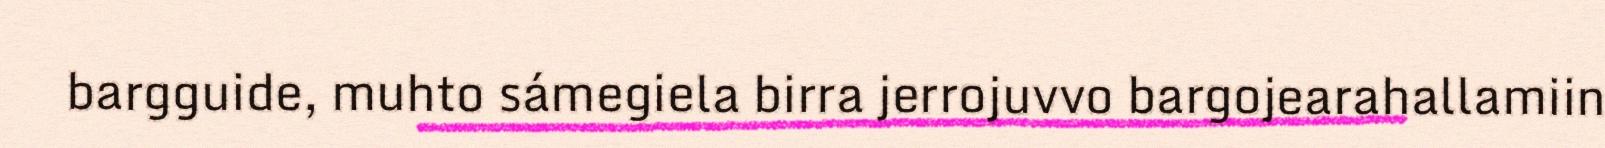
bargguide, muhto sámegiela birra jerrojuvvo bargojearahallamiin